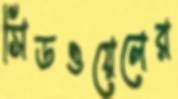
সিডওয়েলের